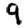
Digit: 9